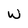
Character: W